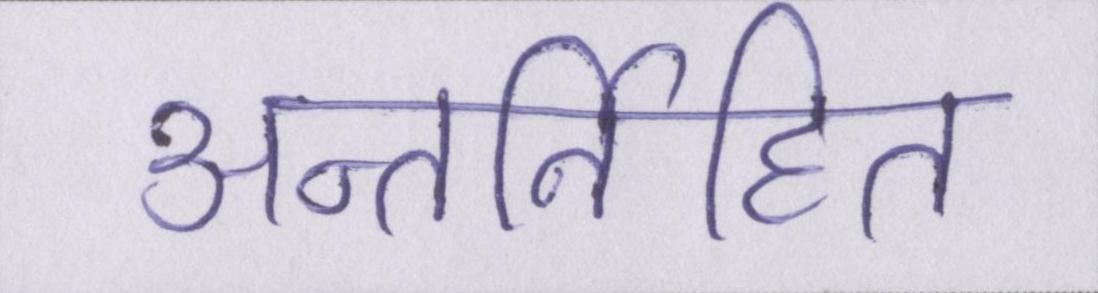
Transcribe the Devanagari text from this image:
अन्तर्निहित